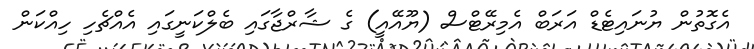
އެގޮތުން ޔުނައިޓެޑް އަރަބް އެމިރޭޓްސް (ޔޫއޭއީ) ގެ ޝާރްޖާގައި ބެލްކަނީގައި އެއްޗެހި ހިއްކަން